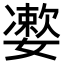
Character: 𡣂